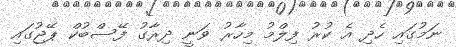
ނަމުގައި ހެދި އެ ކުރު ފިލްމު މިހާރު ވަނީ ދިރާގު ފޭސްބުކް ޕޭޖުގައި